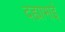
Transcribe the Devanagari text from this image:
दह्याभाई